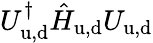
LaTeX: U_{\mathrm{u,d}}^{\dagger}\hat{H}_{\mathrm{u,d}}U_{\mathrm{u,d}}